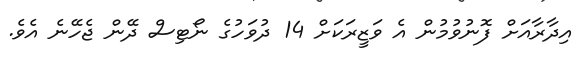
އިދާރާއަށް ފޮނުވުމުން އެ ވަޒީރަކަށް 14 ދުވަހުގެ ނޯޓިސް ދޭން ޖެހޭނެ އެވެ.